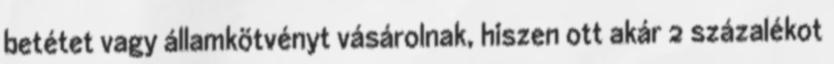
betétet vagy államkötvényt vásárolnak, hiszen ott akár 2 százalékot